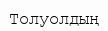
Толуолдың